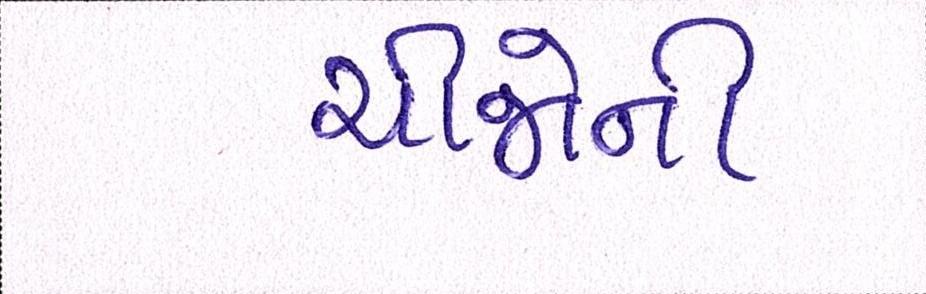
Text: ચીજોની